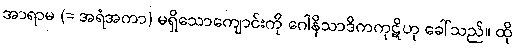
အာရာမ (= အရံအကာ) မရှိသောကျောင်းကို ဂေါနိသာဒိကကုဋိဟု ခေါ်သည်။ ထို